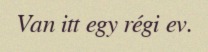
Van itt egy régi ev.